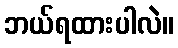
ဘယ်ရထားပါလဲ။